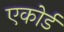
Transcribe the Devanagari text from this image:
एकोर्ड